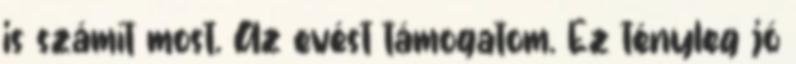
is számít most. Az evést támogatom. Ez tényleg jó